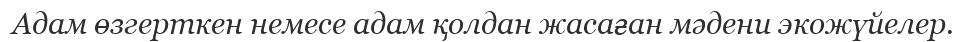
Aдам өзгерткен немесе адам қолдан жасаған мәдени экожүйелер.